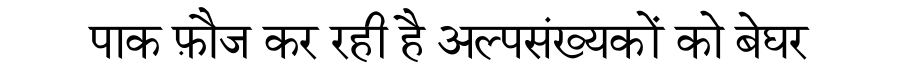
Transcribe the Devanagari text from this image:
पाक फ़ौज कर रही है अल्पसंख्यकों को बेघर